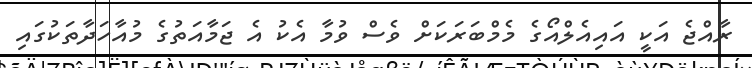
ރާއްޖެ އަކީ އައިއެލްއޯގެ މެމްބަރަކަށް ވެސް ވުމާ އެކު އެ ޖަމާއަތުގެ މުއާހަދާތަކުގައި